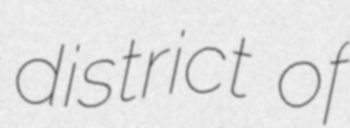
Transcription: district of